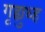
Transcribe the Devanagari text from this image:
गृह्युध्ह